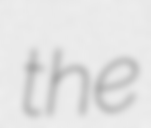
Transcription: the